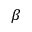
\beta